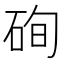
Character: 𥒘